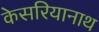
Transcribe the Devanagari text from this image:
केसरियानाथ